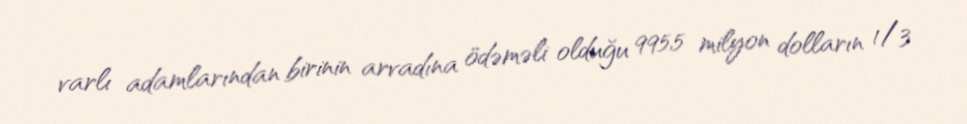
varlı adamlarından birinin arvadına ödəməli olduğu 995,5 milyon dolların 1/3